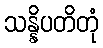
သန္နိပတိတုံ